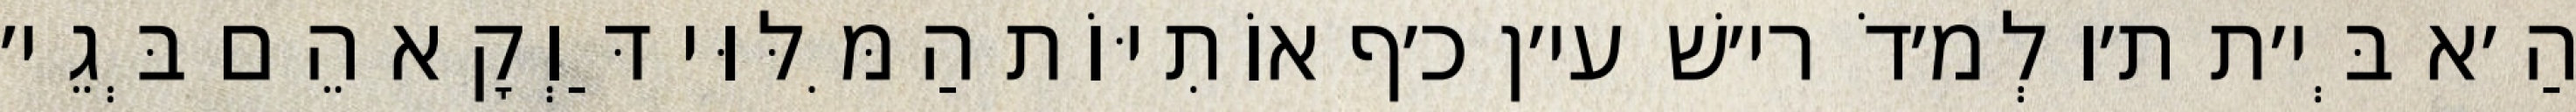
הַ׳א בְּי׳ת ת׳ו לְמ׳דֹ רי׳שׁ עי׳ן כ׳ף אוֹתִיּוֹת הַמִּלּוּי דַּוְקָא הֵם בְּגֵי׳